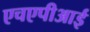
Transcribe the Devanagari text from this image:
एचएपीआई